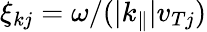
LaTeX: \xi_{kj}=\omega/(|k_{\parallel}|v_{Tj})